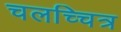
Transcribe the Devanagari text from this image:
चलच्चित्र